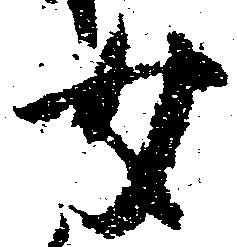
女